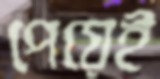
পেয়েই